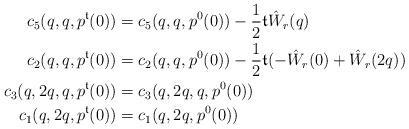
\begin{align*}c_5(q,q,p^\mathfrak{t}(0)) &= c_5(q,q,p^0(0))-\frac 12 \mathfrak{t} \hat W_r(q)\\c_2(q,q,p^\mathfrak{t}(0)) &= c_2(q,q,p^0(0))-\frac 12 \mathfrak{t} (-\hat W_r(0)+\hat W_r(2q))\\c_3(q,2q,q,p^\mathfrak{t}(0)) &= c_3(q,2q,q,p^0(0))\\c_1(q,2q,p^\mathfrak{t}(0)) &= c_1(q,2q,p^0(0))\end{align*}